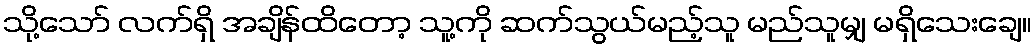
သို့သော် လက်ရှိ အချိန်ထိတော့ သူ့ကို ဆက်သွယ်မည့်သူ မည်သူမျှ မရှိသေးချေ။